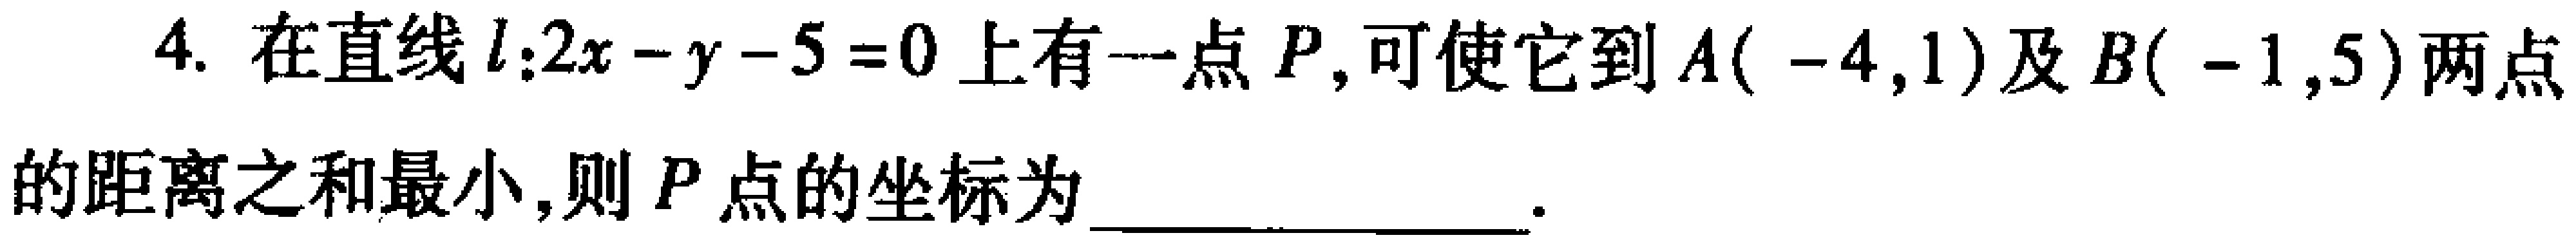
4. 在直线\(l:2x - y - 5 = 0\)上有一点\(P\)，可使它到\(A(-4,1)\)及\(B(-1,5)\)两点的距离之和最小，则\(P\)点的坐标为  __________________ 。